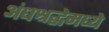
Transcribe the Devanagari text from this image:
अंधश्रद्धेमध्ये